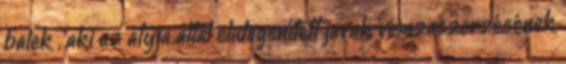
balek , aki az atyja által elidegenített javak visszaszerzésének